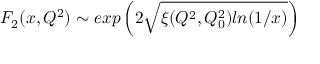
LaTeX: F _ { 2 } ( x , Q ^ { 2 } ) \sim e x p \left( 2 \sqrt { \xi ( Q ^ { 2 } , Q _ { 0 } ^ { 2 } ) l n ( 1 / x ) } \right)